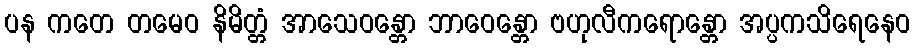
ပန ကတေ တမေဝ နိမိတ္တံ အာသေဝန္တော ဘာဝေန္တော ဗဟုလီကရောန္တော အပ္ပကသိရေနေဝ